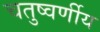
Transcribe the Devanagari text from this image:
चतुष्वर्णीय